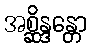
အစ္ဆိန္ဒန္တော